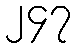
၂၄၇